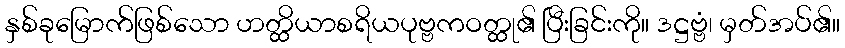
နှစ်ခုမြောက်ဖြစ်သော ဟတ္ထိယာစရိယပုဗ္ဗကဝတ္ထု၏ ပြီးခြင်းကို။ ဒဋ္ဌဗ္ဗံ၊ မှတ်အပ်၏။